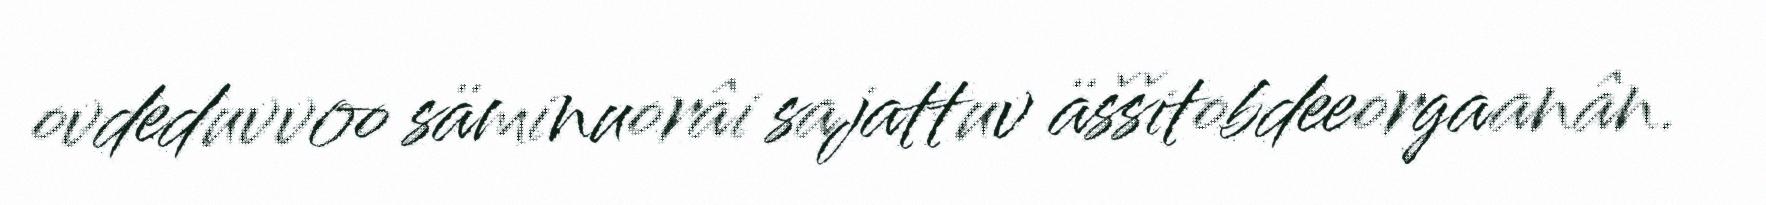
ovdeduvvoo säminuorâi sajattuv äššitobdeeorgaanân.